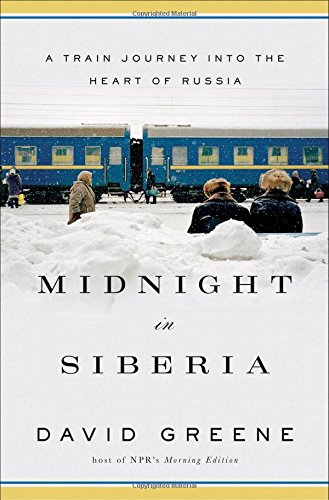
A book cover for Midnight in Siberia: A Train Journey into the Heart of Russia; David Greene; Travel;